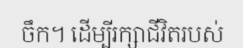
ចឹក។ ដើម្បីរក្សាជីវិតរបស់